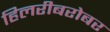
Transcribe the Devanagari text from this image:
हिलरीबरोबर